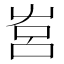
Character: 𡴗